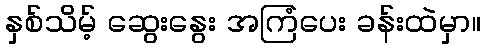
နှစ်သိမ့် ဆွေးနွေး အကြံပေး ခန်းထဲမှာ။